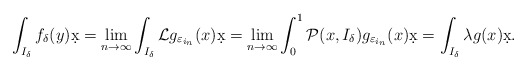
\begin{align*} \int_{I_\delta} f_{\delta}(y) \d x = \lim_{n\to\infty } \int_{I_\delta} \mathcal L g_{\varepsilon_{i_n}}(x)\d x = \lim_{n\to\infty } \int_{0}^{1} \mathcal P (x,I_\delta) g_{\varepsilon_{i_n}}(x)\d x = \int_{I_\delta} \lambda g (x)\d x.\end{align*}